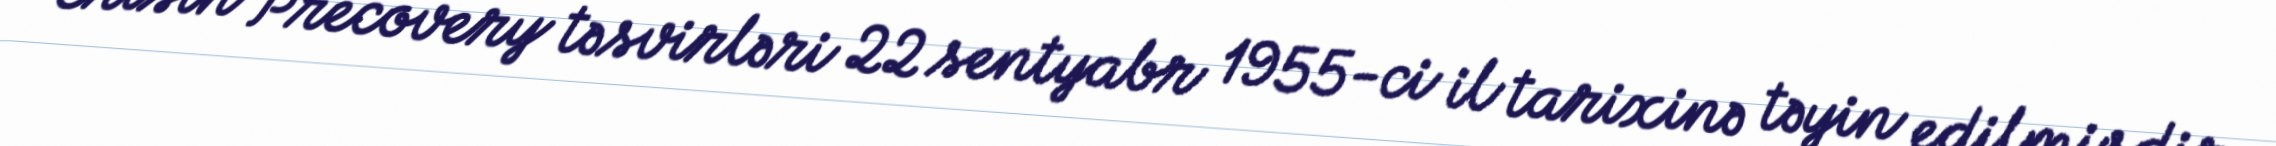
Erisin Precovery təsvirləri 22 sentyabr 1955-ci il tarixinə təyin edilmişdir.